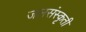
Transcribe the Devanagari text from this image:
जलसंस्कृती